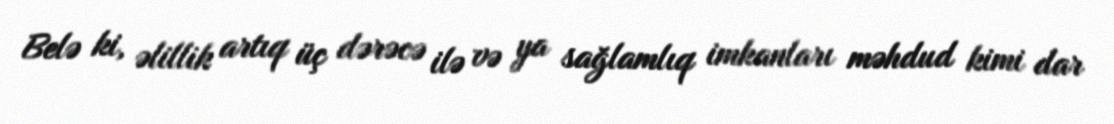
Belə ki, əlillik artıq üç dərəcə ilə və ya sağlamlıq imkanları məhdud kimi dar